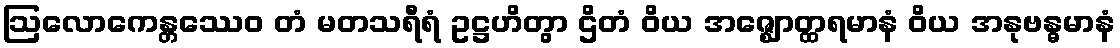
ဩလောကေန္တဿေဝ တံ မတသရီရံ ဥဋ္ဌဟိတွာ ဌိတံ ဝိယ အဇ္ဈောတ္ထရမာနံ ဝိယ အနုဗန္ဓမာနံ